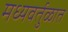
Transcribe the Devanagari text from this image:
मध्यवर्तुळात